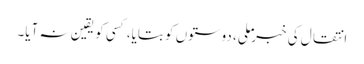
انتقال کی خبر ملی، دوستوں کو بتایا، کسی کو یقین نہ آیا۔